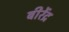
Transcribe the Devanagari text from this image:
बीरेंद्र